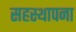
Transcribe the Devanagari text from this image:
सहस्थापना